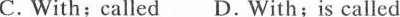
C.With;called D. With;is called